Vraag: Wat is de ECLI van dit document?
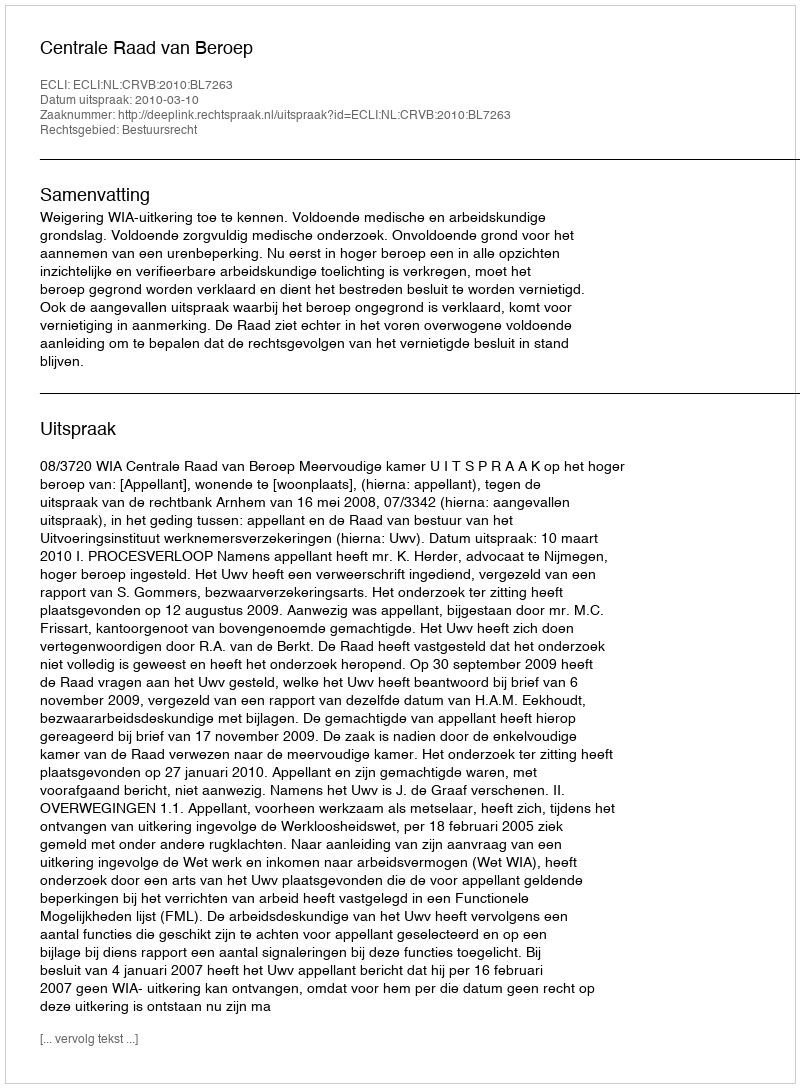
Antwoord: ECLI:NL:CRVB:2010:BL7263